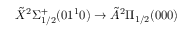
\tilde { X } { } ^ { 2 } \Sigma _ { 1 / 2 } ^ { + } ( 0 1 ^ { 1 } 0 ) \rightarrow \tilde { A } { } ^ { 2 } \Pi _ { 1 / 2 } ( 0 0 0 )